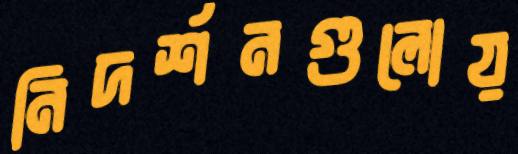
নিদর্শনগুলোয়